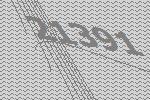
21391